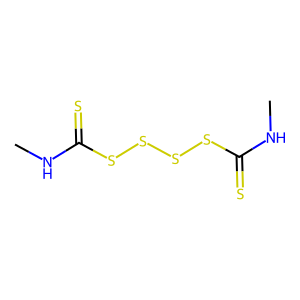
SMILES: CNC(=S)SSSSC(=S)NC
Inhibits HIV replication: No